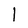
Character: l